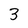
Character: 3